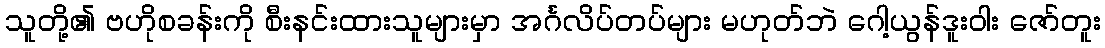
သူတို့၏ ဗဟိုစခန်းကို စီးနင်းထားသူများမှာ အင်္ဂလိပ်တပ်များ မဟုတ်ဘဲ ဂေါ့ယွန်ဒူးဝါး ဇော်တူး